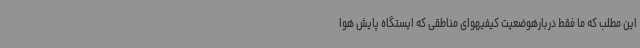
این مطلب که ما فقط دربارهوضعیت کیفیهوای مناطقی که ایستگاه پایش هوا